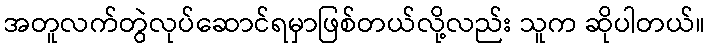
အတူလက်တွဲလုပ်ဆောင်ရမှာဖြစ်တယ်လို့လည်း သူက ဆိုပါတယ်။